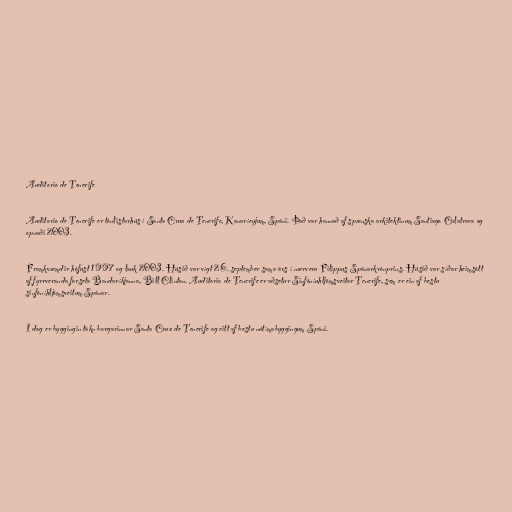
Auditorio de Tenerife

Auditorio de Tenerife er tónlistarhús í Santa Cruz de Tenerife, Kanaríeyjum, Spáni. Það var hannað af spænska arkitektinum Santiago Calatrava og
opnaði 2003.

Framkvæmdir hófust 1997 og lauk 2003. Húsið var vígt 26. september sama árs í nærveru Filippus Spánarkrónprins. Húsið var síðar heimsótt
af fyrrveranda forseta Bandaríkjanna, Bill Clinton. Auditorio de Tenerife er aðsetur Sinfóníuhljómsveitar Tenerife, sem er ein af bestu
sinfóníhljómsveitum Spánar.

Í dag er byggingin tákn borgarinnar Santa Cruz de Tenerife og eitt af bestu nútímabyggingum Spáni.